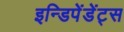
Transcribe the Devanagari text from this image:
इन्डिपेंडेंट्स